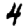
Digit: 4